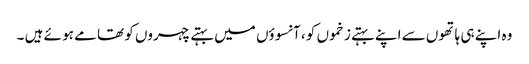
وہ اپنے ہی ہاتھوں سے اپنے بہتے زخموں کو ، آنسوؤں میں بہتے چہروں کو تھا مے ہو ئے ہیں ۔